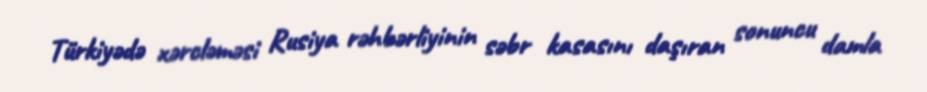
Türkiyədə xərcləməsi Rusiya rəhbərliyinin səbr kasasını daşıran sonuncu damla